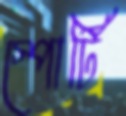
স্পোর্টি